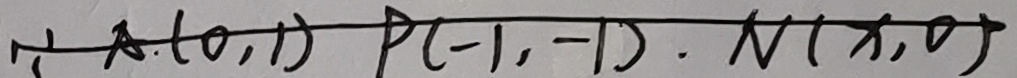
\because 1 A ( 0 , 1 ) P ( - 1 , - 1 ) . N ( x , 0 )